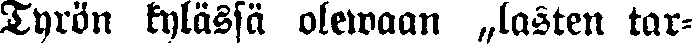
Tyrön kylässä olewaan „lasten tar-